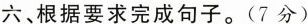
六、根据要求完成句子。(7分)